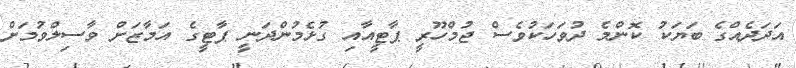
އަދަދެއްގެ ބަޔަކު ކޮންމެ ދުވަހަކުވެސް ޖުމްހޫރީ ޕާޓީއާއި ގުޅެމުންދަނީ ޕާޓީގެ އަމާޒަށް ވާސިލްވުމަށް